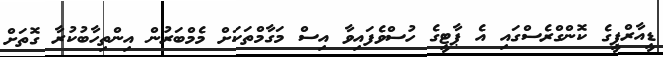
ޑީއާރްޕީގެ ކޮންގްރެސްގައި އެ ޕާޓީގެ ހުސްވެފައިވާ އިސް މަގާމްތަކަށް މެމްބަރުން އިންތިހާބުކުރާ ގޮތަށް